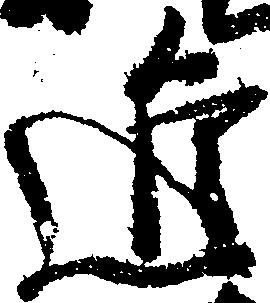
進